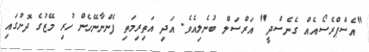
"އެސްޕްރެސޯއެއް ގެނެސްދީ" އަރްސަލް ބުނެލިއެވެ. އަދި އަތިރިމަތި ފެންނާނޭހެން ހުރި މޭޒުގެ ދޮށުގައި